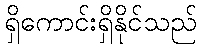
ရှိကောင်းရှိနိုင်သည်